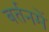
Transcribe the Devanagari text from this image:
बर्तनमें